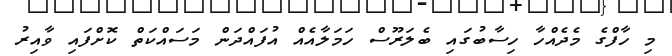
މި ހާފްގެ މެދެއްހާ ހިސާބުގައި ބެލަރޫސް ހަމަލާއެއް އުފައްދަން މަސައްކަތް ކޮށްފައި ވާއިރު